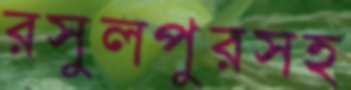
রসুলপুরসহ